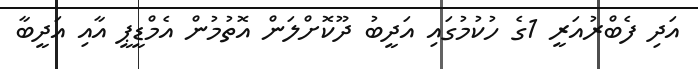
އަދި ފެބްރުއަރީ 1ގެ ހުކުމުގައި އަދީބު ދޫކޮށްލަން އޮތުމުން އެމްޑީޕީ އާއި އަދީބާ